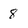
Character: 8